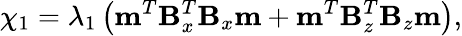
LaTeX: \chi_{1}=\lambda_{1}\left(\mathbf{m}^{T}\mathbf{B}_{x}^{T}\mathbf{B}_{x}\mathbf{m}+\mathbf{m}^{T}\mathbf{B}_{z}^{T}\mathbf{B}_{z}\mathbf{m}\right),